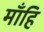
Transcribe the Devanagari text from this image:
माँहि